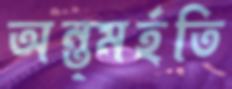
অন্ত্মর্হতি